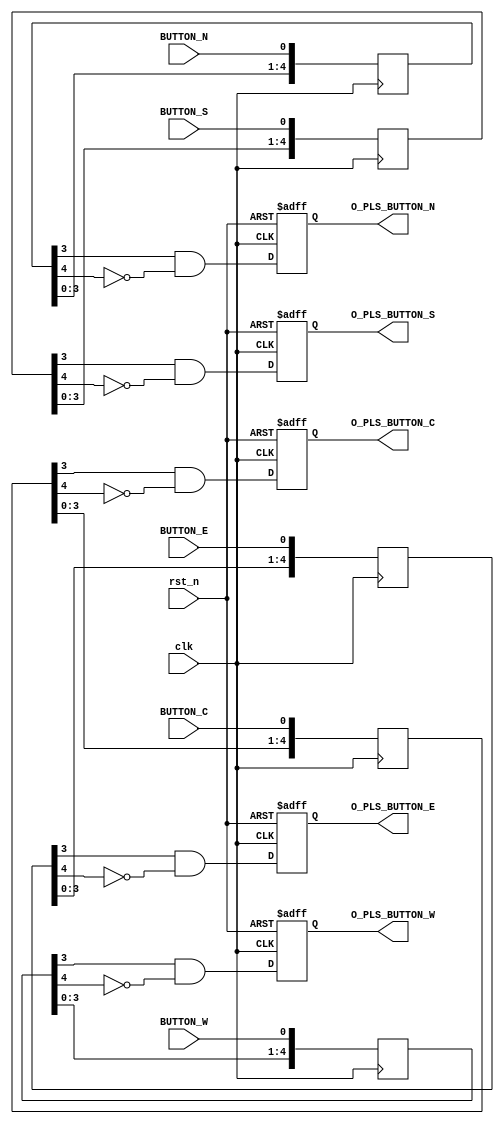
`timescale 1ns/1ps

module button_detector (
	input clk,
	input rst_n,

	input BUTTON_C, // B21
	input BUTTON_E, // A23
	input BUTTON_W, // C21
	input BUTTON_S, // B22
	input BUTTON_N, // A22

	output reg O_PLS_BUTTON_C,
	output reg O_PLS_BUTTON_E,
	output reg O_PLS_BUTTON_W,
	output reg O_PLS_BUTTON_S,
	output reg O_PLS_BUTTON_N 
);

reg	[ 5-1: 0] BUTTON_C_D;
reg	[ 5-1: 0] BUTTON_E_D;
reg	[ 5-1: 0] BUTTON_W_D;
reg	[ 5-1: 0] BUTTON_S_D;
reg	[ 5-1: 0] BUTTON_N_D;

always @ (posedge clk) begin
	BUTTON_C_D <= { BUTTON_C_D[3:0], BUTTON_C };
	BUTTON_E_D <= { BUTTON_E_D[3:0], BUTTON_E };
	BUTTON_W_D <= { BUTTON_W_D[3:0], BUTTON_W };
	BUTTON_S_D <= { BUTTON_S_D[3:0], BUTTON_S };
	BUTTON_N_D <= { BUTTON_N_D[3:0], BUTTON_N };
end

wire BUTTON_C_D_EDGE_RIS;
wire BUTTON_E_D_EDGE_RIS;
wire BUTTON_W_D_EDGE_RIS;
wire BUTTON_S_D_EDGE_RIS;
wire BUTTON_N_D_EDGE_RIS;

assign BUTTON_C_D_EDGE_RIS = BUTTON_C_D[3] & ~BUTTON_C_D[4];
assign BUTTON_E_D_EDGE_RIS = BUTTON_E_D[3] & ~BUTTON_E_D[4];
assign BUTTON_W_D_EDGE_RIS = BUTTON_W_D[3] & ~BUTTON_W_D[4];
assign BUTTON_S_D_EDGE_RIS = BUTTON_S_D[3] & ~BUTTON_S_D[4];
assign BUTTON_N_D_EDGE_RIS = BUTTON_N_D[3] & ~BUTTON_N_D[4];

always @ (posedge clk or negedge rst_n) begin
	if (~rst_n) begin
		O_PLS_BUTTON_C	<= 1'b0;
		O_PLS_BUTTON_E	<= 1'b0;
		O_PLS_BUTTON_W	<= 1'b0;
		O_PLS_BUTTON_S	<= 1'b0;
		O_PLS_BUTTON_N	<= 1'b0;
	end else begin
		O_PLS_BUTTON_C	<= BUTTON_C_D_EDGE_RIS;
		O_PLS_BUTTON_E	<= BUTTON_E_D_EDGE_RIS;
		O_PLS_BUTTON_W	<= BUTTON_W_D_EDGE_RIS;
		O_PLS_BUTTON_S	<= BUTTON_S_D_EDGE_RIS;
		O_PLS_BUTTON_N	<= BUTTON_N_D_EDGE_RIS;
	end
end

endmodule